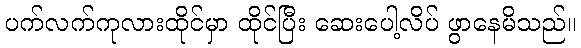
ပက်လက်ကုလားထိုင်မှာ ထိုင်ပြီး ဆေးပေါ့လိပ် ဖွာနေမိသည်။